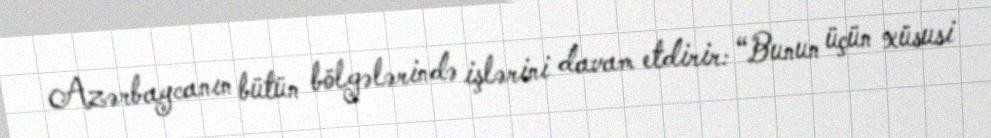
Azərbaycanın bütün bölgələrində işlərini davam etdirir: “Bunun üçün xüsusi